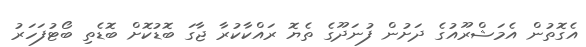
އެގޮތުން އެމަޝްރޫއުގެ ދަށުން ފުނަދޫގެ ތެޔޮ ރައްކާކުރާ ޖާގަ ބޮޑުކޮށް ބޮޑެތި ބޯޓުފަހަރު